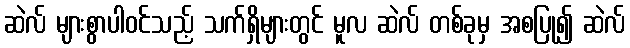
ဆဲလ် များစွာပါဝင်သည့် သက်ရှိများတွင် မူလ ဆဲလ် တစ်ခုမှ အစပြု၍ ဆဲလ်